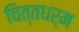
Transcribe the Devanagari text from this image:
चित्तधर्म